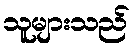
သူများသည်